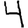
Digit: 4